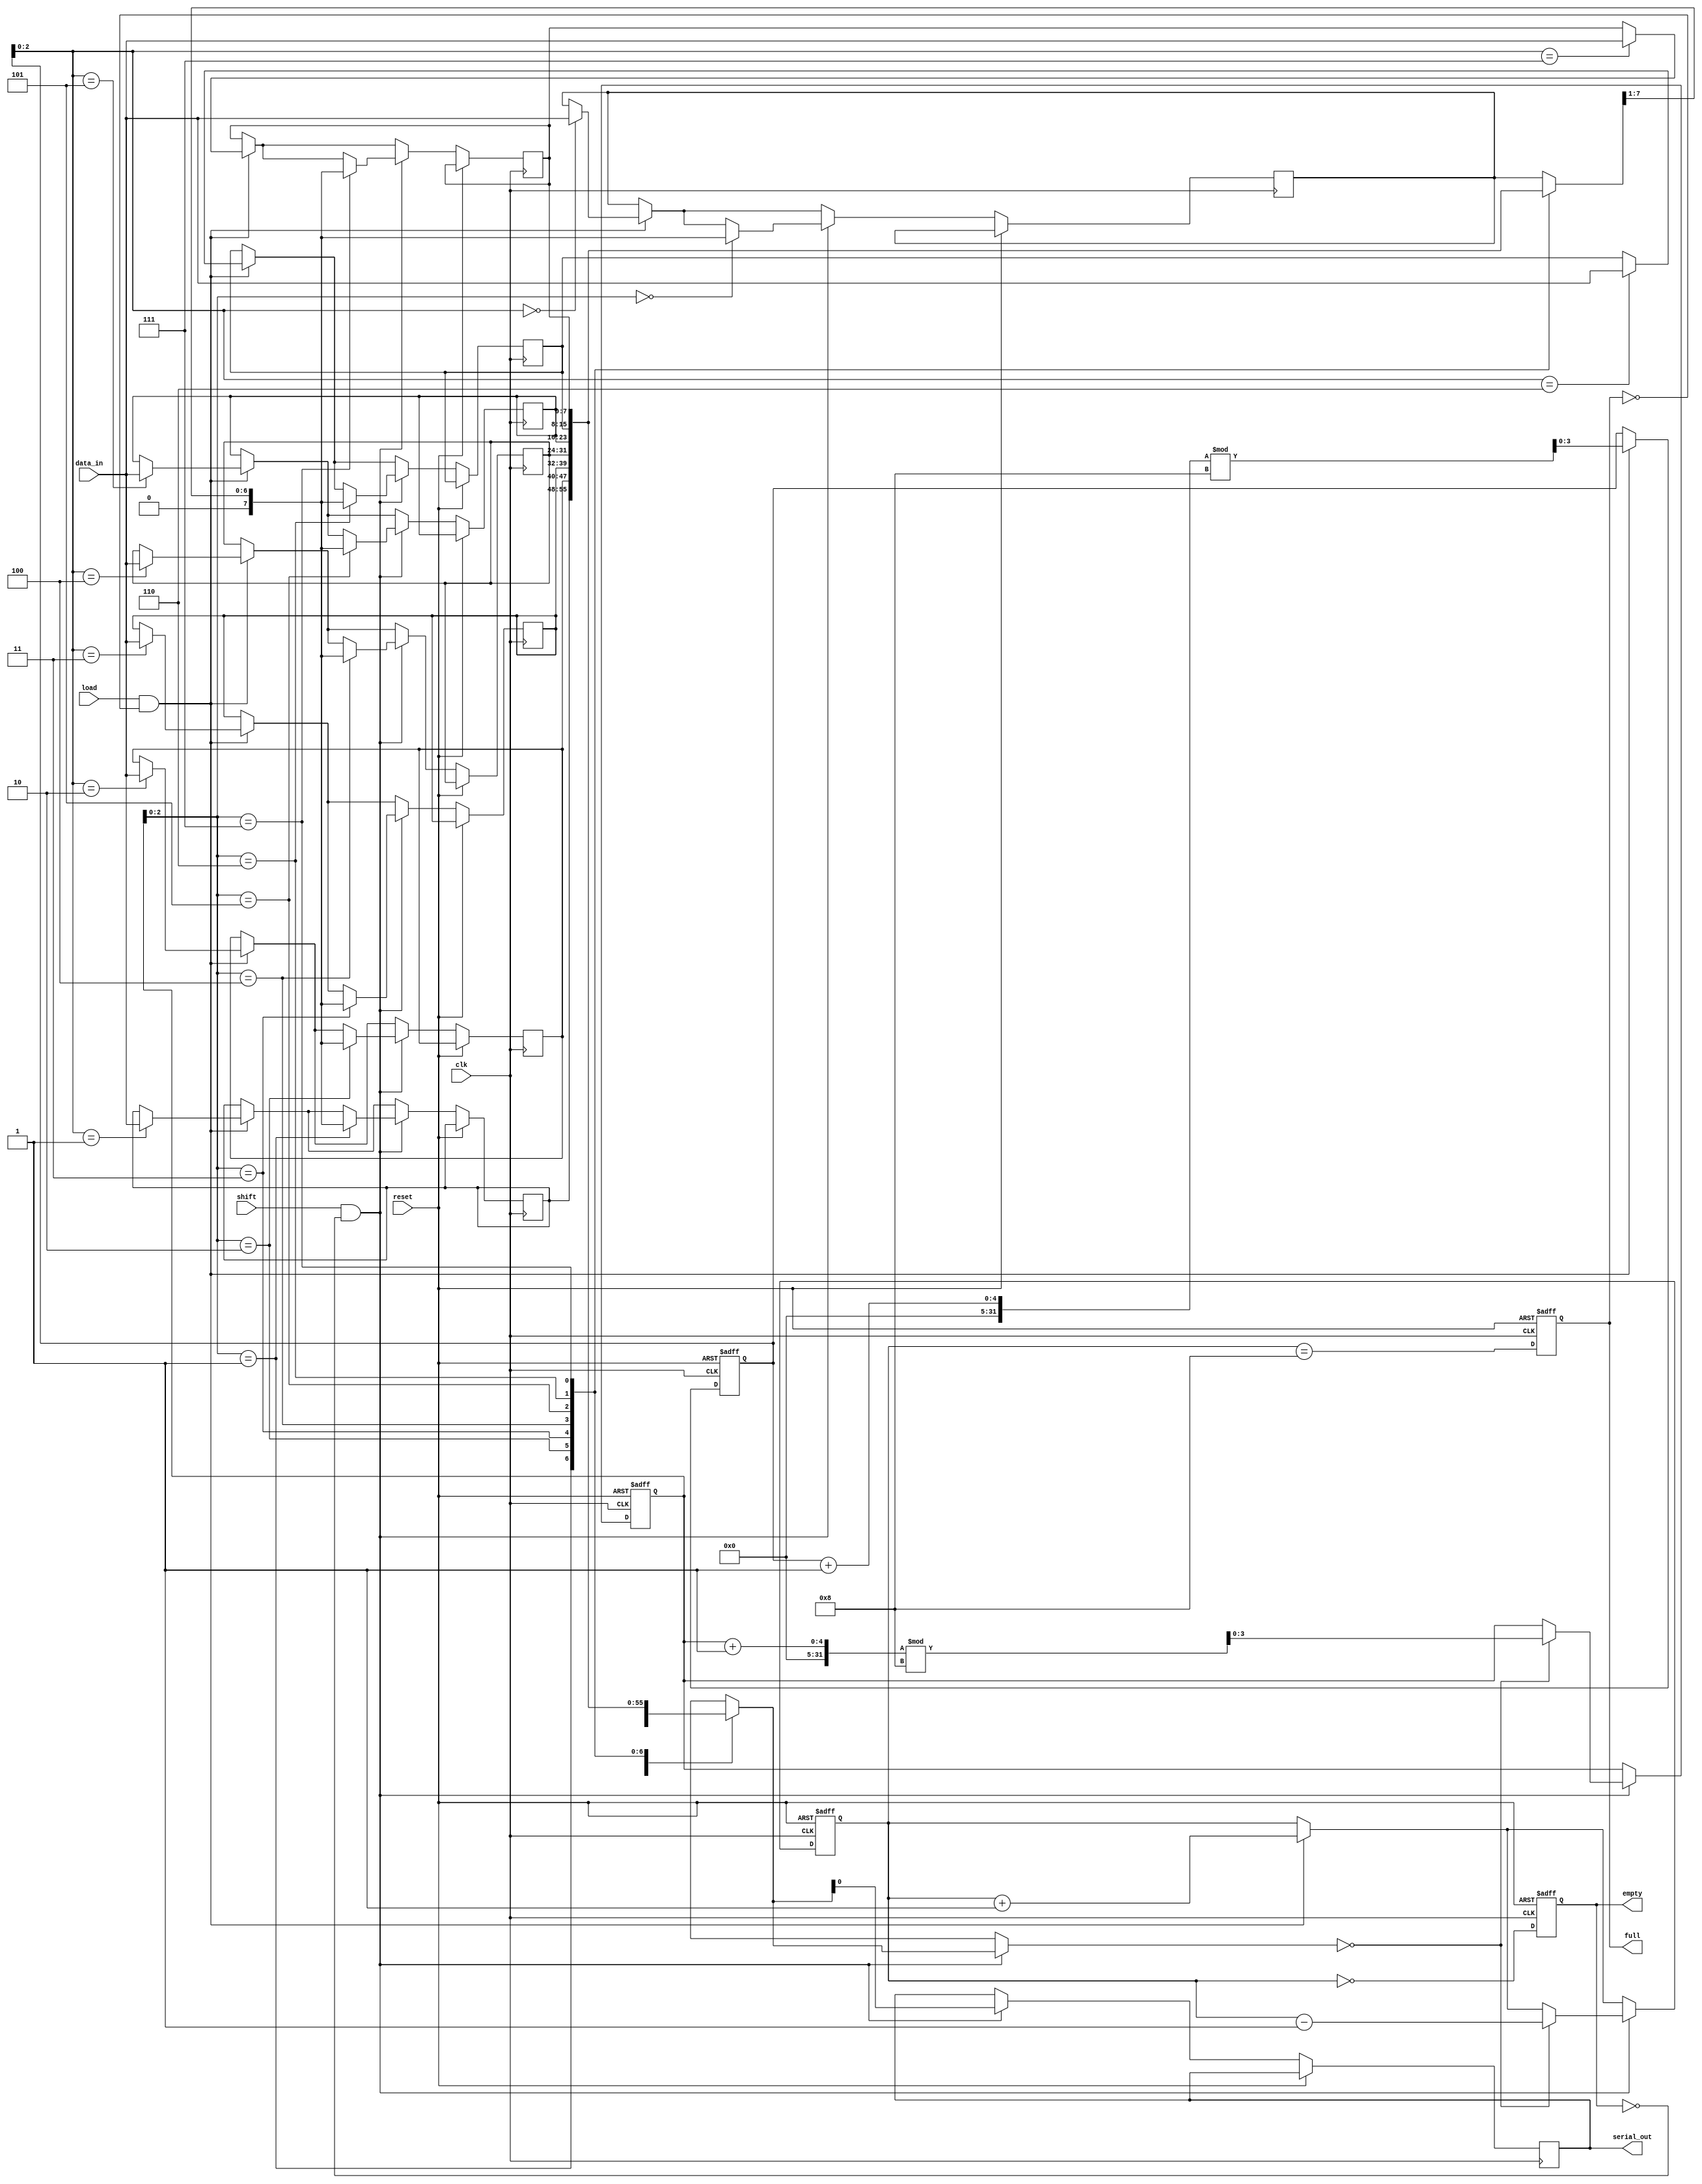
module fifo_piso #(
    parameter DEPTH = 8, // Depth of the FIFO
    parameter WIDTH = 8  // Width of the data input
)(
    input wire clk,                // Clock signal
    input wire reset,              // Reset signal
    input wire load,               // Load signal
    input wire shift,              // Shift signal
    input wire [WIDTH-1:0] data_in, // Parallel input data
    output reg serial_out,         // Serial output
    output reg full,               // Full flag
    output reg empty               // Empty flag
);

    reg [WIDTH-1:0] fifo [0:DEPTH-1]; // FIFO storage
    reg [3:0] head;                   // Points to the next data to be shifted out
    reg [3:0] tail;                   // Points to the next data to be written
    reg [3:0] count;                  // Number of elements in the FIFO

    // Initialize the FIFO
    initial begin
        head = 0;
        tail = 0;
        count = 0;
        full = 0;
        empty = 1;
    end

    // Reset and control logic
    always @(posedge clk or posedge reset) begin
        if (reset) begin
            head <= 0;
            tail <= 0;
            count <= 0;
            full <= 0;
            empty <= 1;
        end else begin
            // Load data into FIFO
            if (load && !full) begin
                fifo[tail] <= data_in;
                tail <= (tail + 1) % DEPTH;
                count <= count + 1;
            end

            // Shift data out
            if (shift && !empty) begin
                serial_out <= fifo[head][0]; // Output the least significant bit
                fifo[head] <= {1'b0, fifo[head][WIDTH-1:1]}; // Shift left
                if (fifo[head] == 0) begin
                    head <= (head + 1) % DEPTH;
                    count <= count - 1;
                end
            end

            // Update full and empty flags
            full <= (count == DEPTH);
            empty <= (count == 0);
        end
    end

endmodule